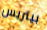
بيتريس